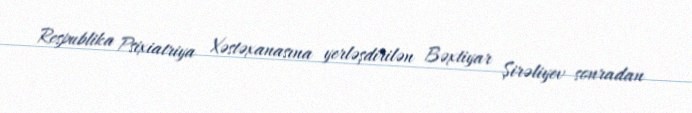
Respublika Psixiatriya Xəstəxanasına yerləşdirilən Bəxtiyar Şirəliyev sonradan